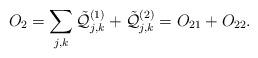
LaTeX: \begin{align*}O_2 = \sum_{j,k} \tilde {\mathcal Q}_{j,k}^{(1)} + \tilde {\mathcal Q}_{j,k}^{(2)} = O_{21} + O_{22}.\end{align*}